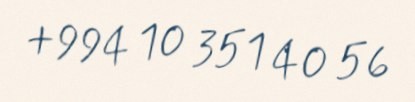
+994 10 351 40 56